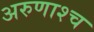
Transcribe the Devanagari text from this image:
अरुणाश्‍च